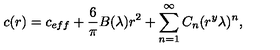
c ( r ) = c _ { e f f } + \frac { 6 } { \pi } B ( \lambda ) r ^ { 2 } + \sum _ { n = 1 } ^ { \infty } { C } _ { n } ( r ^ { y } \lambda ) ^ { n } ,